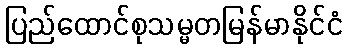
ပြည်ထောင်စုသမ္မတမြန်မာနိုင်ငံ